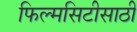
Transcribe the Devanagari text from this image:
फिल्मसिटीसाठी